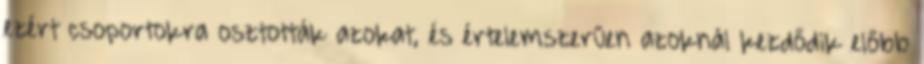
ezért csoportokra osztották azokat, és értelemszerűen azoknál kezdődik előbb